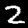
Digit: 2